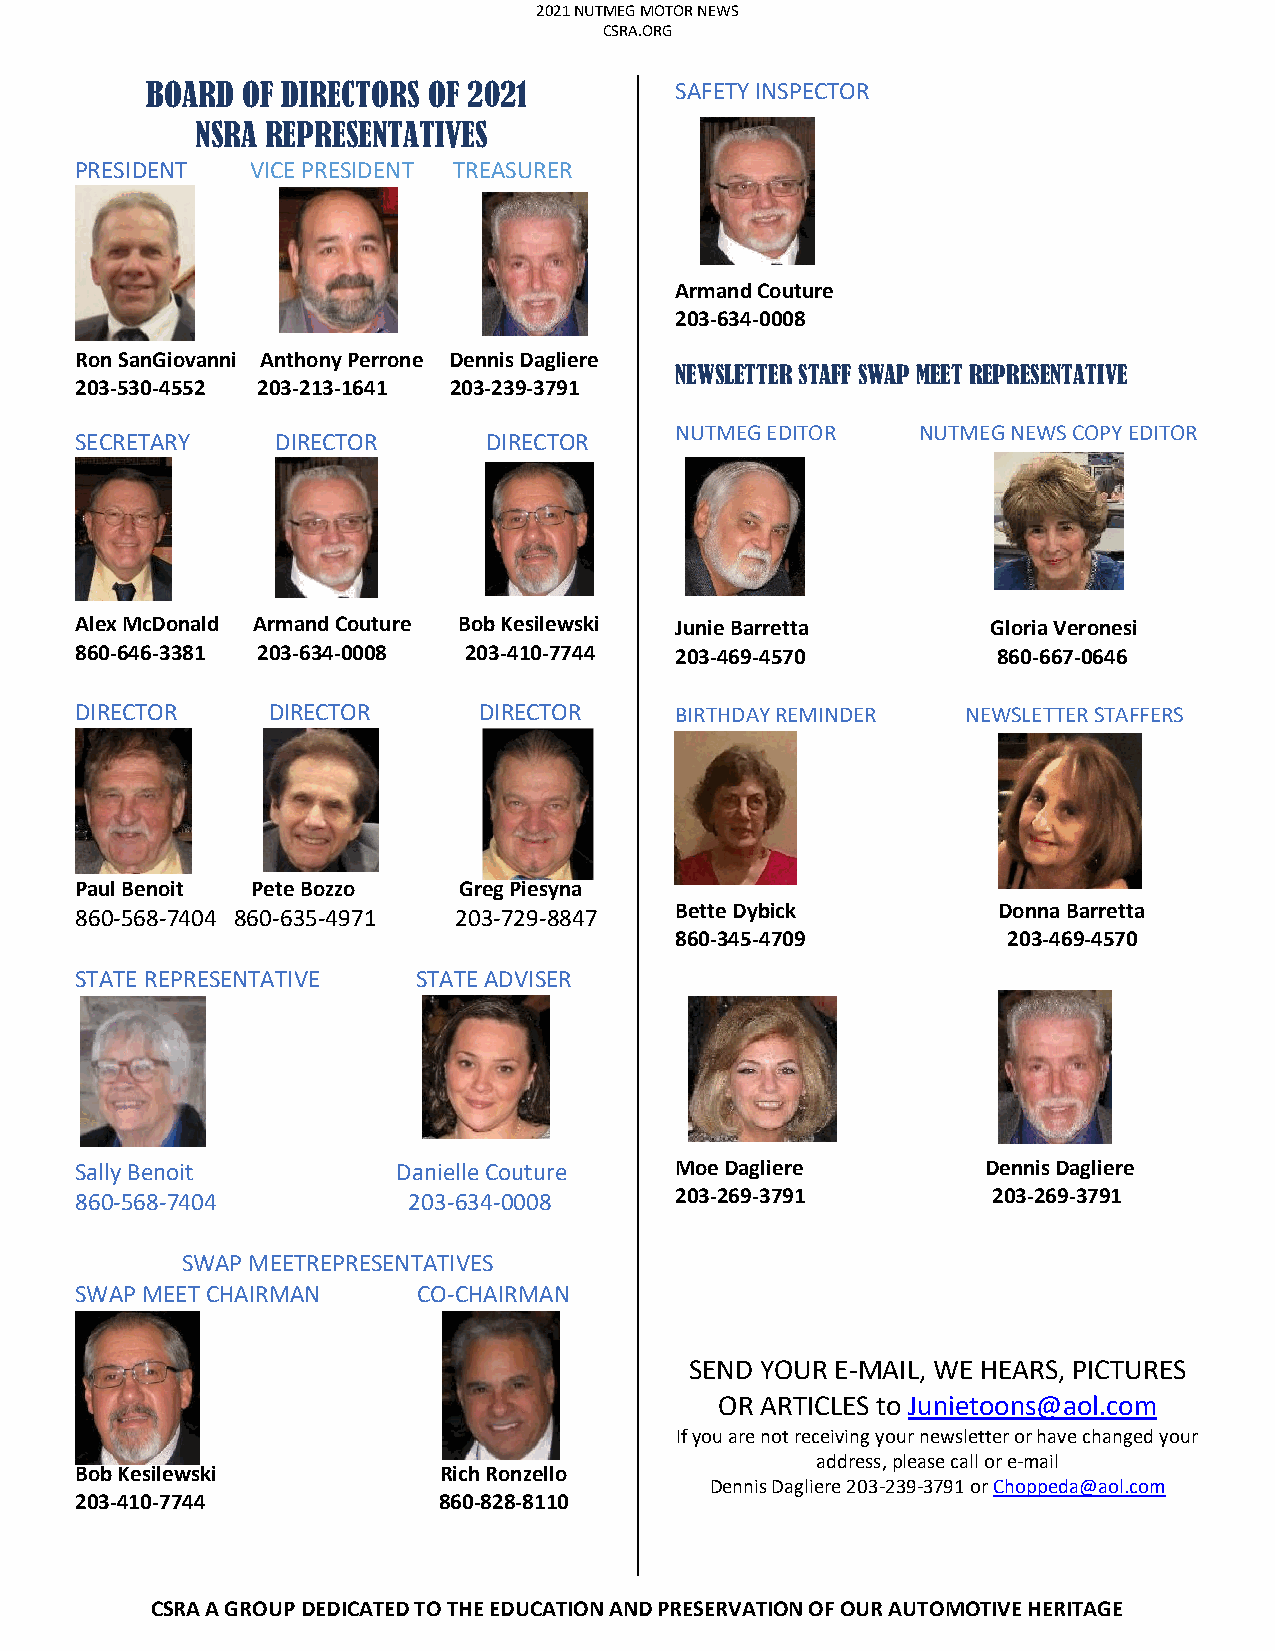
2021 NUTMEG MOTOR NEWS
 CSRA.ORG
 BOARD OF DIRECTORS OF 2021         SAFETY INSPECTOR
 NSRA REPRESENTATIVES
 PRESIDENT   VICE PRESIDENT TREASURER
 Armand Couture
 203-634-0008
 Ron SanGiovanni Anthony Perrone Dennis Dagliere
 NEWSLETTER STAFF SWAP MEET REPRESENTATIVE
 203-530-4552 203-213-1641 203-239-3791
 NUTMEG EDITOR   NUTMEG NEWS COPY EDITOR
 SECRETARY    DIRECTOR      DIRECTOR
 Alex McDonald Armand Couture Bob Kesilewski Junie Barretta   Gloria Veronesi
 860-646-3381 203-634-0008 203-410-7744  203-469-4570         860-667-0646
 DIRECTOR     DIRECTOR      DIRECTOR     BIRTHDAY REMINDER  NEWSLETTER STAFFERS
 Paul Benoit Pete Bozzo   Greg Piesyna
 Bette Dybick         Donna Barretta
 860-568-7404 860-635-4971 203-729-8847
 860-345-4709          203-469-4570
 STATE REPRESENTATIVE   STATE ADVISER
 Sally Benoit         Danielle Couture   Moe Dagliere        Dennis Dagliere
 860-568-7404          203-634-0008      203-269-3791         203-269-3791
 SWAP MEETREPRESENTATIVES
 SWAP MEET CHAIRMAN     CO-CHAIRMAN
 SEND YOUR E-MAIL, WE HEARS, PICTURES
 OR ARTICLES to Junietoons@aol.com
 If you are not receiving your newsletter or have changed your
 address, please call or e-mail
 Bob Kesilewski          Rich Ronzello
 Dennis Dagliere 203-239-3791 or Choppeda@aol.com
 203-410-7744            860-828-8110
 CSRA A GROUP DEDICATED TO THE EDUCATION AND PRESERVATION OF OUR AUTOMOTIVE HERITAGE